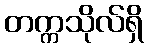
တက္ကသိုလ်ရှိ